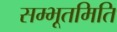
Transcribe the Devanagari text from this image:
सम्भूतमिति